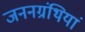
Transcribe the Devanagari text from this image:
जननग्रंथियां